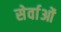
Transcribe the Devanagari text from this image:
सेर्वाओं